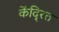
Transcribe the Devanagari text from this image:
केंदि्रत